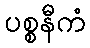
ပစ္စနီကံ